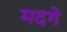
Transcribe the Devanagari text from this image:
मदगे